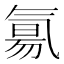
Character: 氱